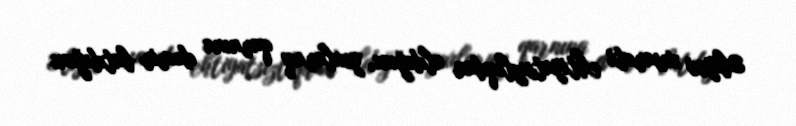
Əliyev xəsarəti ehtiyatsızlıqdan aldığını, yıxılaraq qarnına dəmir batdığını